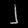
Digit: ၂